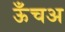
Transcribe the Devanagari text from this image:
ऊँचअ